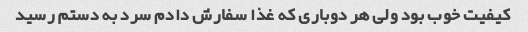
کیفیت خوب بود ولی هر دوباری که غذا سفارش دادم سرد به دستم رسید